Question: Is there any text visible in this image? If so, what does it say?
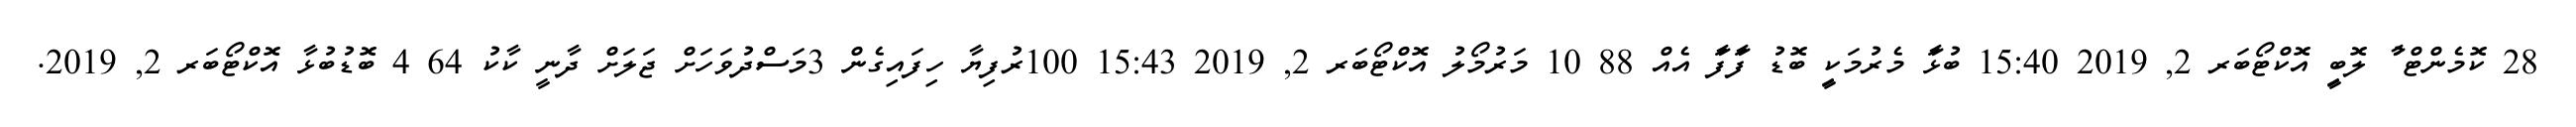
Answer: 28 ކޮމެންޓް ާު ލޮބިީ އޮކްޓޯބަރ 2, 2019 15:40 ބުޅަާ މެރުމަކިީ ބޮޑު ފަާފަާ އެއް 88 10 މަރުމޯލު އޮކްޓޯބަރ 2, 2019 15:43 100ރުފިޔާ ހިފައިގެން 3މަސްދުވަހަށް ޖަލަށް ދާނީ ކާކު 64 4 ބޮޑުބުޅާ އޮކްޓޯބަރ 2, 2019.